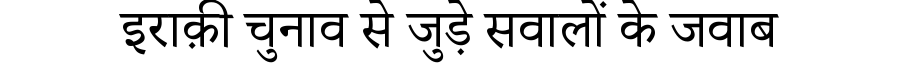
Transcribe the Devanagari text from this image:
इराक़ी चुनाव से जुड़े सवालों के जवाब